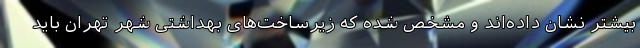
بیشتر نشان داده‌اند و مشخص شده که زیرساخت‌های بهداشتی شهر تهران باید